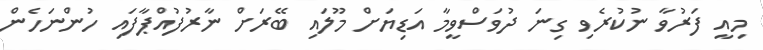
މިއީ ފަރުވާ ނުކުރެވި ގިނަ ދުވަސްވީމާ އަޑިޔަށް މޫލައި ބޭރަށް ނާރުފުއްޕާފައި ހުންނަހެން